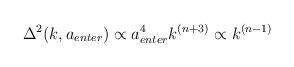
LaTeX: \begin{align*}\Delta^2(k,a_{enter})\propto a_{enter}^4 k^{(n+3)}\propto k^{(n-1)}\end{align*}